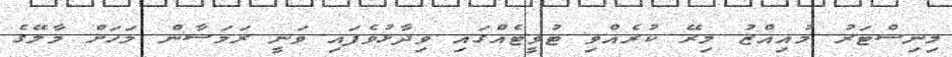
މިނިސްޓަރު މުއިއްޒު މިރޭ ކުރެއްވި ޓުވީޓެއްގައި ވިދާޅުވެފައި ވަނީ ރަމަޟާން މަހަށް މާލޭގެ